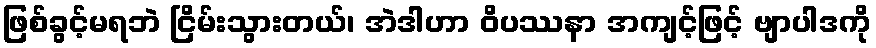
ဖြစ်ခွင့်မရဘဲ ငြိမ်းသွားတယ်၊ အဲဒါဟာ ဝိပဿနာ အကျင့်ဖြင့် ဗျာပါဒကို